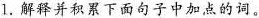
1.解释并积累下面句子中加点的词。